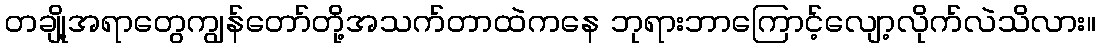
တချို့အရာတွေကျွန်တော်တို့အသက်တာထဲကနေ ဘုရားဘာကြောင့်လျော့လိုက်လဲသိလား။